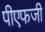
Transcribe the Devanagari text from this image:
पीएफजी